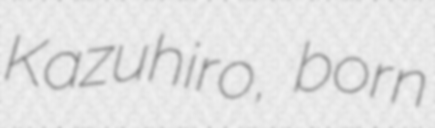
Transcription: Kazuhiro, born